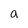
Character: 9